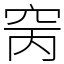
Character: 窉